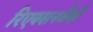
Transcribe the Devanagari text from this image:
रिएक्शनजैसी